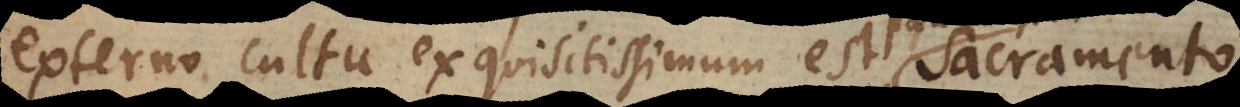
externo cultu exquisitissimum est, sacramento